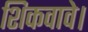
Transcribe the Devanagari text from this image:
शिकवावे।